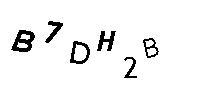
B7DH2B